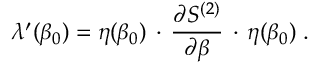
\lambda ^ { \prime } ( \beta _ { 0 } ) = \eta ( \beta _ { 0 } ) \, \cdot \, \frac { \partial S ^ { ( 2 ) } } { \partial \beta } \, \cdot \, \eta ( \beta _ { 0 } ) \; .